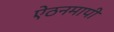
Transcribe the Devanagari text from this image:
ऐंठनमापी